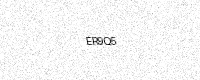
Text: ER9Q5